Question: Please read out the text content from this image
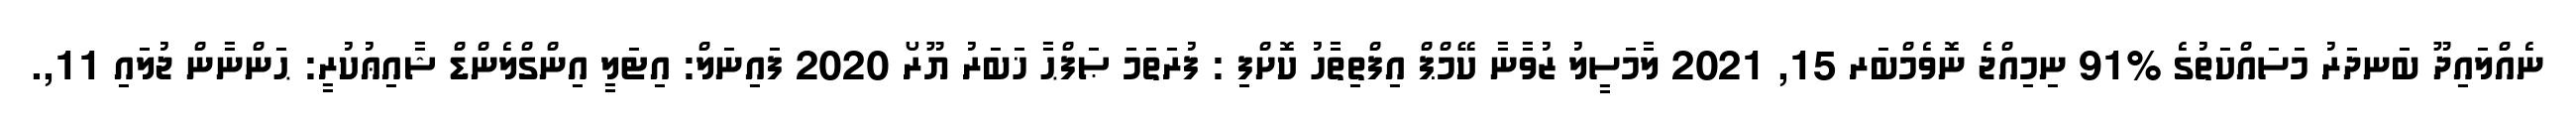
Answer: ނެއްލައިދޫ ބަނދަރު މަސައްކަތުގެ %91 ނިމިއްޖެ ނޮވެމްބަރ 15, 2021 ލާމަސީލު ޒުވާނާ ކޭމްޕް އިފްތިތާހު ކޮށްފި : ފުރަތަމަ ޞަފްޙާ ޚަބަރު ޔޫރޯ 2020 ފައިނަލް: އިޓަލީ އިންގްލެންޑް ޝާއިޢުކުރީ: ޙަންނާން ޖުލައި 11,.